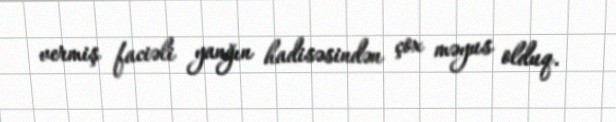
vermiş faciəli yanğın hadisəsindən çox məyus olduq.